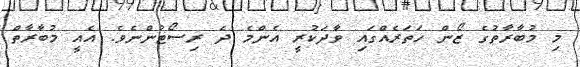
މި މުބާރާތުގެ ޒޯން ހަތަރެއްގައި ވާދަކުރީ އެންމެ ދެ ރިސޯޓުންނެވެ. އެއީ މުބާރާތް